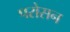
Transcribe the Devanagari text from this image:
परोसन